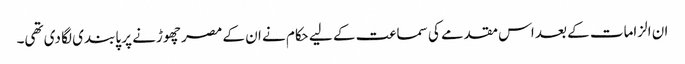
ان الزامات کے بعد اس مقدمے کی سماعت کے لیے حکام نے ان کے مصر چھوڑنے پر پابندی لگا دی تھی۔